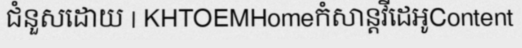
ជំនួសដោយ | KHTOEMHomeកំសាន្តវីដេអូContent